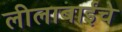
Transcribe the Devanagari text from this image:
लीलाबाईंचे